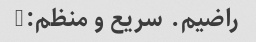
راضیم. سریع و منظم:)